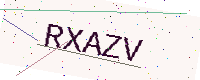
Text: RXAZV